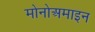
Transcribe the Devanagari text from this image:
मोनोअमाइन